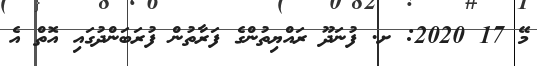
މޭ 17 2020: ށ. ފުނަދޫ ރައްޔިތުންގެ ފަރާތުން ފުރަބަންދުގައި އޮތް އެ